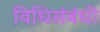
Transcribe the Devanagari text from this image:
विधिसंबंधी